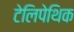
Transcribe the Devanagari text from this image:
टेलिपेथिक